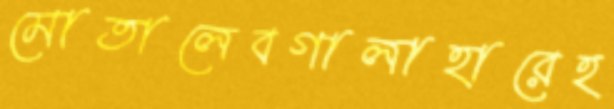
মোতালেবগালাহারেহ